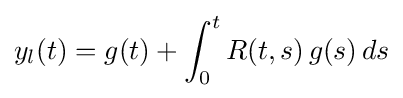
y_{l}(t)=g(t)+\int _{0}^{t}R(t,s)\,g(s)\,ds